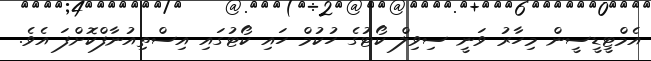
އެމްޓީޑީސީން މިހާރު ވަނީ ސިވިލް ކޯޓުގެ ހުކުމް ހައި ކޯޓުގައި އިސްތިއުނާފްކޮށްފަ އެވެ.